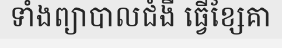
ទាំងព្យាបាលជំងឺ ធ្វើខ្សែគា